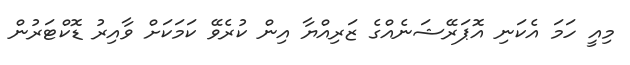
މިއީ ހަމަ އެކަނި އޮޕަރޭޝަނެއްގެ ޒަރިއްޔާ އިން ކުރެވޭ ކަމަކަށް ވާއިރު ޑޮކްޓަރުން